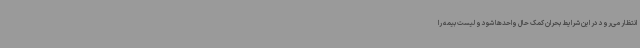
انتظار می‌رود در این شرایط ‌بحران کمک حال واحدها شود و لیست بیمه را